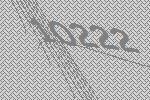
10222